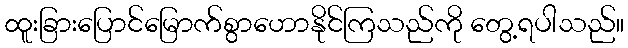
ထူးခြားပြောင်မြောက်စွာဟောနိုင်ကြသည်ကို တွေ့ရပါသည်။